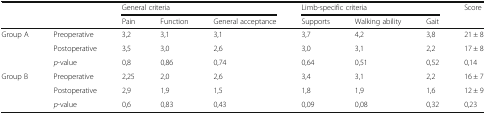
| <ROWSPAN=2-COLSPAN=2>  | <COLSPAN=3> General criteria | <COLSPAN=3> Limb-specific criteria | <ROWSPAN=2> Score |
 | Pain | Function | General acceptance | Supports | Walking ability | Gait |
 | --- | --- | --- | --- | --- | --- | --- | --- | --- |
 | <ROWSPAN=3> Group A | Preoperative | 3,2 | 3,1 | 3,1 | 3,7 | 4,2 | 3,8 | 21 ± 8 |
 | Postoperative | 3,5 | 3,0 | 2,6 | 3,0 | 3,1 | 2,2 | 17 ± 8 |
 | p-value | 0,8 | 0,86 | 0,74 | 0,64 | 0,51 | 0,52 | 0,14 |
 | <ROWSPAN=3> Group B | Preoperative | 2,25 | 2,0 | 2,6 | 3,4 | 3,1 | 2,2 | 16 ± 7 |
 | Postoperative | 2,9 | 1,9 | 1,5 | 1,8 | 1,9 | 1,6 | 12 ± 9 |
 | p-value | 0,6 | 0,83 | 0,43 | 0,09 | 0,08 | 0,32 | 0,23 |